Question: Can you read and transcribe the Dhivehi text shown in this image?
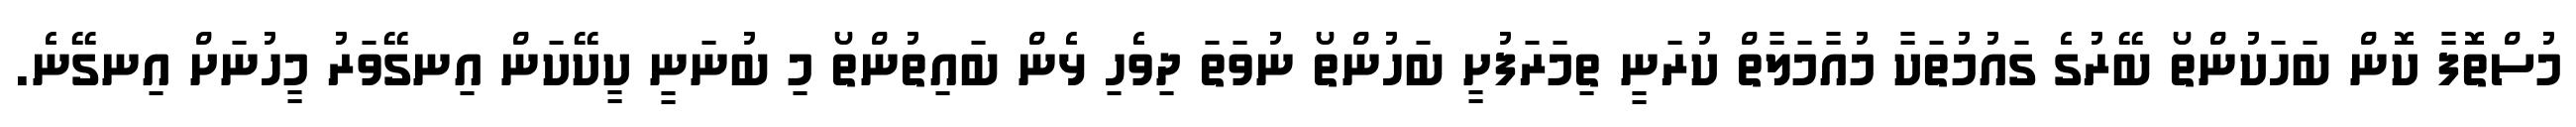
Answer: މުސްތޮފާ ކޮން ބަހަކުންތޯ ބޭރުގެ ގައުމުތަކާ މުއާމަލާތް ކުރަނީ ތިމަރަފުށީ ބަހުންތޯ ނުވަތަ ދިވެހި ޅެން ބައިތުންތޯ މި ބުނަނީ ކީކޭކަން އިނގޭވަރު މީހުނަށް އިނގޭނެ.